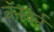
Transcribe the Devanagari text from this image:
वॅनबर्न